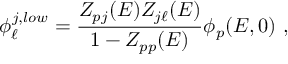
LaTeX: \phi _ { \ell } ^ { j , l o w } = { \frac { Z _ { p j } ( E ) Z _ { j \ell } ( E ) } { 1 - Z _ { p p } ( E ) } } \phi _ { p } ( E , 0 ) \ ,